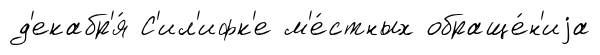
д'екабр'я́ С'ил'ифк'е м'е́стных обраще́н'иjа